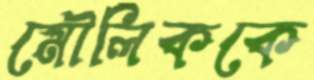
মৌলিককে